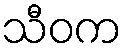
သီဝက